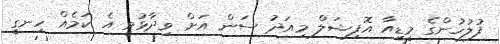
ފުލުހުންގެ މީޑިއާ އޮފިޝަލް މިއަދު ސަން އަށް ވިދާޅުވީ އެ ކަމެއް ހިނގީ